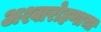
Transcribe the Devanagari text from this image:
अश्वारोहणाचा